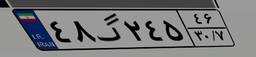
۵۴گ۱۱۸۱۳